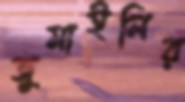
জুমাইলির